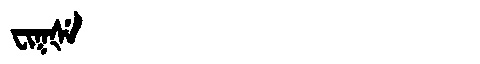
Manchu: ᠸᡳᡴᡧᡝ
Romanization: FIKŠE